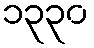
၁၃၃၀